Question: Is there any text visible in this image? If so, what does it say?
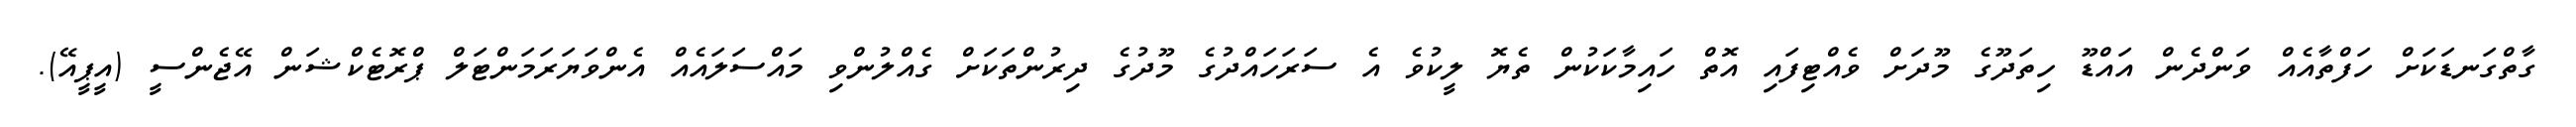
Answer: ގާތްގަނޑަކަށް ހަފްތާއެއް ވަންދެން އައްޑޫ ހިތަދޫގެ މޫދަށް ވެއްޓިފައި އޮތް ހައިމާކަކުން ތެޔޮ ލީކުވެ އެ ސަރަހައްދުގެ މޫދުގެ ދިރުންތަކަށް ގެއްލުންވި މައްސަލައެއް އެންވަޔަރަމަންޓަލް ޕްރޮޓެކްޝަން އޭޖެންސީ (އީޕީއޭ).